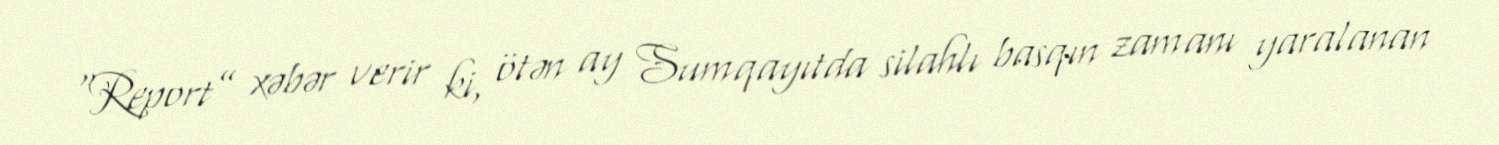
“Report” xəbər verir ki, ötən ay Sumqayıtda silahlı basqın zamanı yaralanan